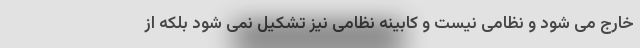
خارج می شود و نظامی نیست و کابینه نظامی نیز تشکیل نمی شود بلکه از